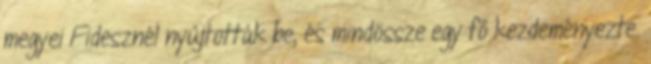
megyei Fidesznél nyújtották be, és mindössze egy fő kezdeményezte.